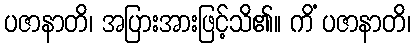
ပဇာနာတိ၊ အပြားအားဖြင့်သိ၏။ ကိံ ပဇာနာတိ၊